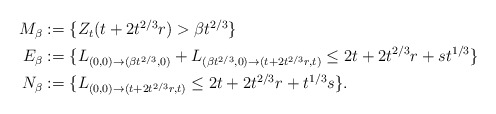
\begin{align*} \begin{aligned} M_\beta&:=\{Z_{{t}}({t}+2{t}^{2/3}r)>\beta{t}^{2/3}\}\\ E_\beta&:=\{L_{(0,0)\to(\beta{t}^{2/3},0)}+L_{(\beta{t}^{2/3},0)\to({t}+2{t}^{2/3}r,{t})}\leq2{t}+2{t}^{2/3}r+s{t}^{1/3}\}\\ N_\beta&:=\{L_{(0,0)\to({t}+2{t}^{2/3}r,{t})}\leq2{t}+2{t}^{2/3}r+{t}^{1/3}s\}. \end{aligned}\end{align*}